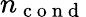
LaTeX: n_{\mathrm{~c~o~n~d~}}